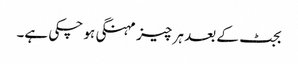
بجٹ کے بعد ہر چیز مہنگی ہو چکی ہے۔